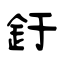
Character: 釪